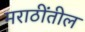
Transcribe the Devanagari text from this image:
मराठींतील